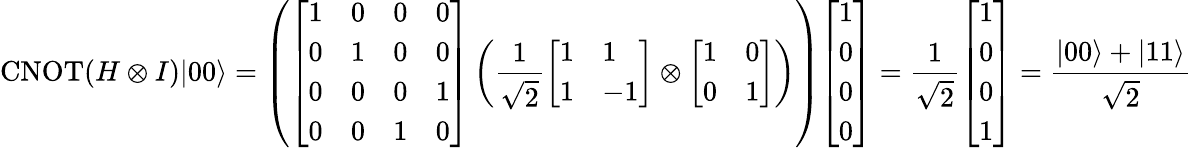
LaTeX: \operatorname{CNOT}(H\otimes I)|00\rangle=\left({\left[\begin{array}{llll}{1}&{0}&{0}&{0}\\ {0}&{1}&{0}&{0}\\ {0}&{0}&{0}&{1}\\ {0}&{0}&{1}&{0}\end{array}\right]}\left({\frac{1}{\sqrt{2}}}{\left[\begin{array}{ll}{1}&{1}\\ {1}&{-1}\end{array}\right]}\otimes{\left[\begin{array}{ll}{1}&{0}\\ {0}&{1}\end{array}\right]}\right)\right){\left[\begin{array}{l}{1}\\ {0}\\ {0}\\ {0}\end{array}\right]}={\frac{1}{\sqrt{2}}}{\left[\begin{array}{l}{1}\\ {0}\\ {0}\\ {1}\end{array}\right]}={\frac{|00\rangle+|11\rangle}{\sqrt{2}}}